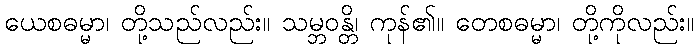
ယေစဓမ္မာ၊ တို့သည်လည်း။ သမ္ဘဝန္တိ၊ ကုန်၏။ တေစဓမ္မာ၊ တို့ကိုလည်း။